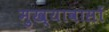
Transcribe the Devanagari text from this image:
मुख्यावासों